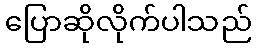
ပြောဆိုလိုက်ပါသည်